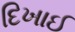
દિખાઈ